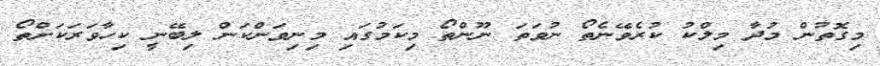
މިގޮތުން މުދާ މިލްކު ކުރެވޭނެތޯ ނުވަތަ ނޫންތޯ މިކަމުގައި މިނިވަންކަން ލިބޭނީ ކިހާވަރަކަށްތޯ